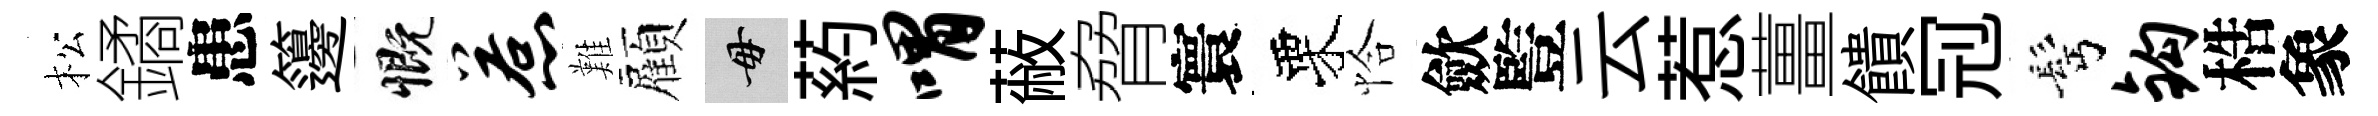
松鐍患籩慨惹難顏毋葯喟蔽脅寰栗恰歛䜿云惹薑饋𠜍髩钩梏象